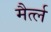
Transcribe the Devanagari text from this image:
मैर्त्ल